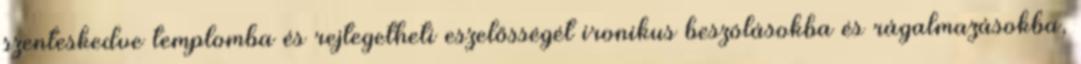
szenteskedve templomba és rejtegetheti eszelősségét ironikus beszólásokba és rágalmazásokba,